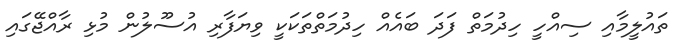
ތައުލީމާއި ސިއްހީ ހިދުމަތް ފަދަ ބައެއް ހިދުމަތްތަކަކީ ވިޔަފާރި އުސޫލުން މުޅި ރާއްޖޭގައި